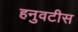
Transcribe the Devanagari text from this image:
हनुवटीस